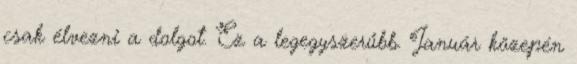
csak élvezni a dolgot. Ez a legegyszerűbb. Január közepén